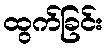
ထွက်ခြင်း